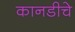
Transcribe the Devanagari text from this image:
कानडीचे